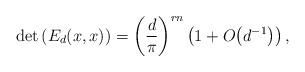
LaTeX: \begin{align*}\det\left(E_d(x,x)\right) = \left(\frac{d}{\pi}\right)^{rn}\left(1 + O\!\left(d^{-1}\right)\right),\end{align*}